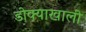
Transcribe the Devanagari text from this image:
डोक्याखाली